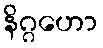
နိဂ္ဂဟော